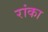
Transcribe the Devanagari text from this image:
रांका